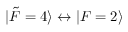
\lvert \Tilde { F } = 4 \rangle \leftrightarrow \lvert F = 2 \rangle